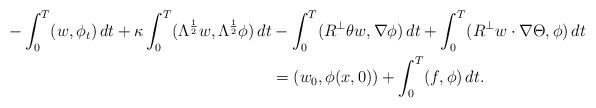
\begin{align*}-\int_0^T(w,\phi_t)\, dt+\kappa\int_0^T(\Lambda^{\frac{1}{2}}w, \Lambda^{\frac{1}{2}}\phi)\, dt&-\int_0^T(R^\perp\theta w,\nabla\phi)\, dt+\int_0^T(R^\perp w\cdot\nabla\Theta,\phi)\, dt\\&=(w_0,\phi(x,0))+\int_0^T(f,\phi)\, dt.\end{align*}